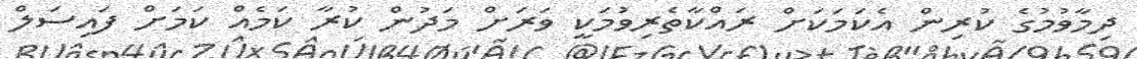
ދިމާވުމުގެ ކުރިން އެކަމަކަށް ރައްކާތެރިވުމަކީ ވަރަށް މަދުން ކުރާ ކަމެއް ކަމަށް ފައިސަލް